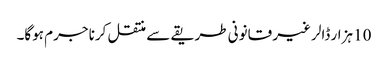
10 ہزار ڈالر غیر قانونی طریقے سے منتقل کرنا جرم ہوگا۔